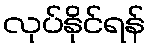
လုပ်နိုင်ရန်